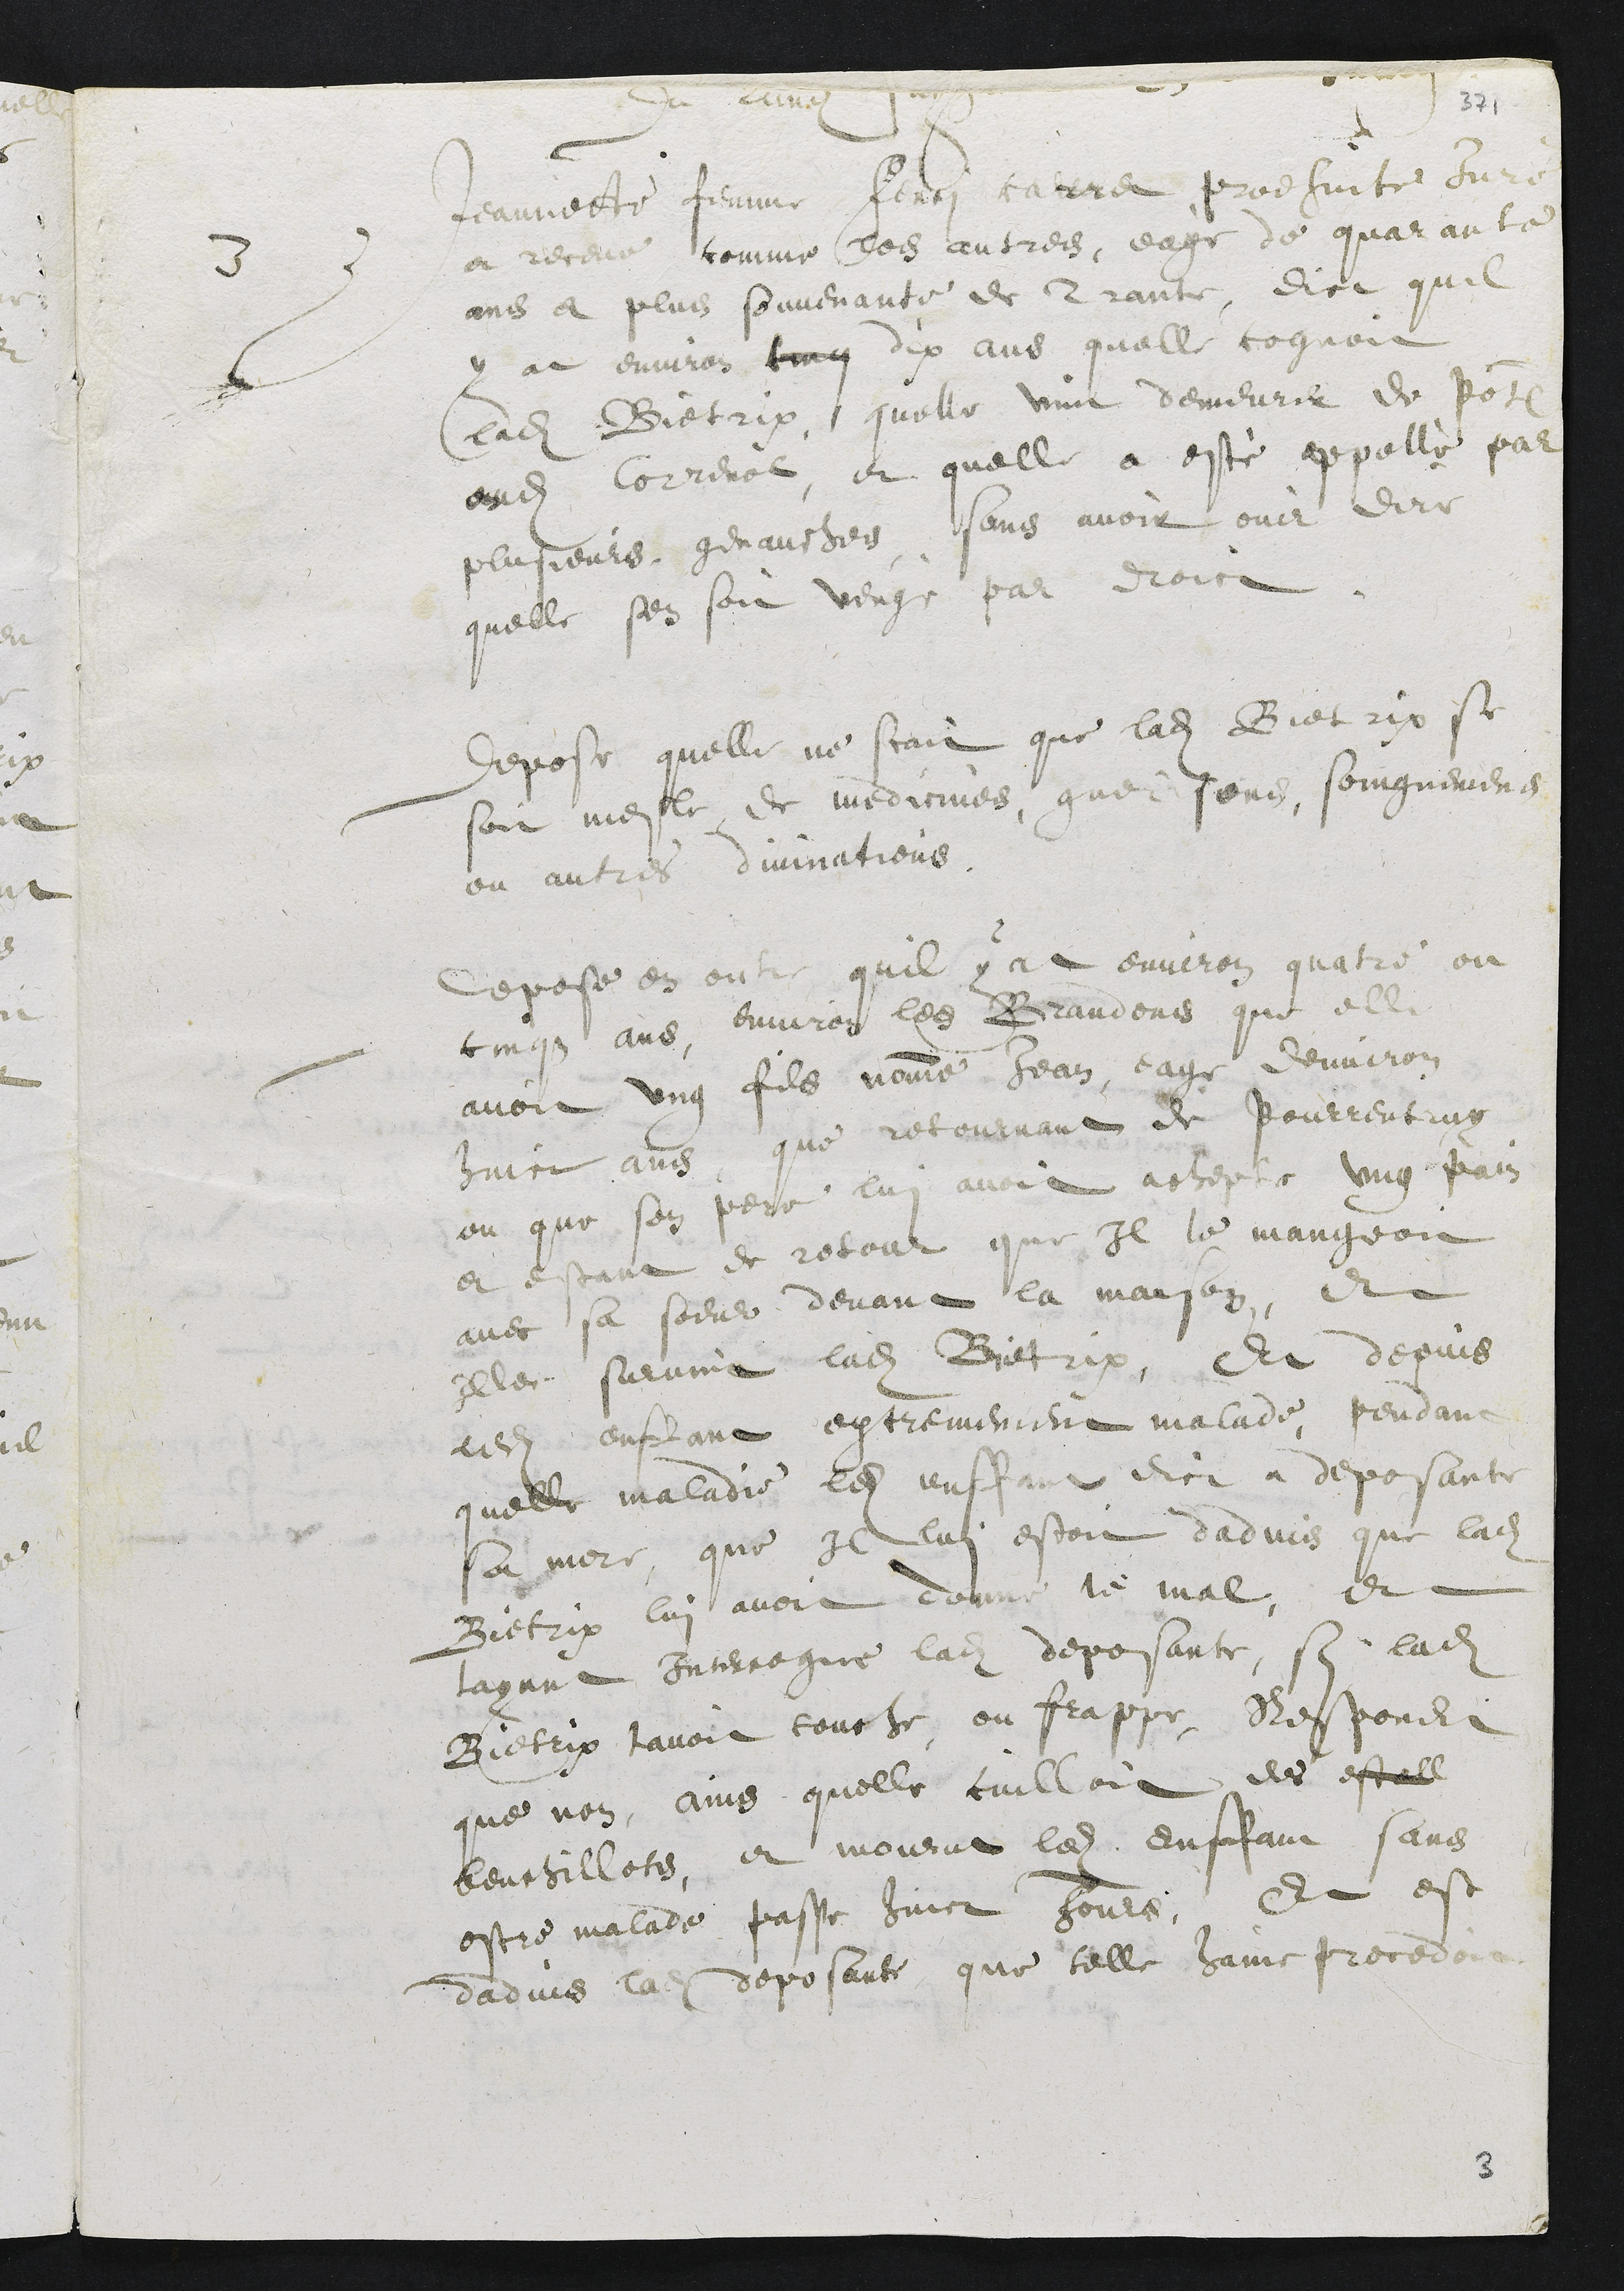
#
3 Jeannette femme Ferry carret prodhuite Juré
et receue comme les autres, eagé de quarante
ans et plus souvenante de trante, dict quil
y at environ cinq dix ans quelle cognoit
ladite Bietrix, quelle vint demeurer de Pot
audit Correnol, et quelle a esté appellé par
plusieurs genauches, sans avoit ouir dire
quelle sen soit vengé par droict
Depose quelle ne scait que ladite Bietrix se
soit mesle de medicines, guerisons, soingnemens
ou autres divinations
Depose en outre quil y at environ quatre ou
cinqs ans, environ les Brandons que elle
avoit ung fils nomme Jean eage denviron
huict ans, que retournant de Pourrentruy
ou que son pere lui avoit achepte ung pain
et estant de retour que Il le mangeoit
avec sa soeur devant la maison, et
Illec survint ladite Bietrix, Et depuis
ledit enffant extremement malade, pendant
quelle maladie ledit enffant dict a deposante
sa mere, que Il lui estoit dadvis que ladite
Bietrix lui avoit donne le mal, et
layant Interrogue ladite deposante, sy ladite
Bietrix lavoit touche, ou frappe, Respondit
que non, ains quelle cuilloit des estell
beuchillots, et mourut ledit enffant sans
estre malade passe huict Jours, Et est
dadvis la deposante que telle haine procedoit

3